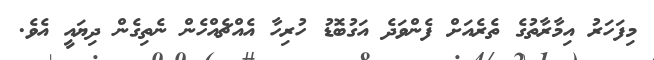
މިފަހަރު އިމާރާތުގެ ތެރެއަށް ފެންވަދެ އަގުބޮޑު ހުރިހާ އެއްޗެއްހެން ނެތިގެން ދިޔައީ އެވެ.